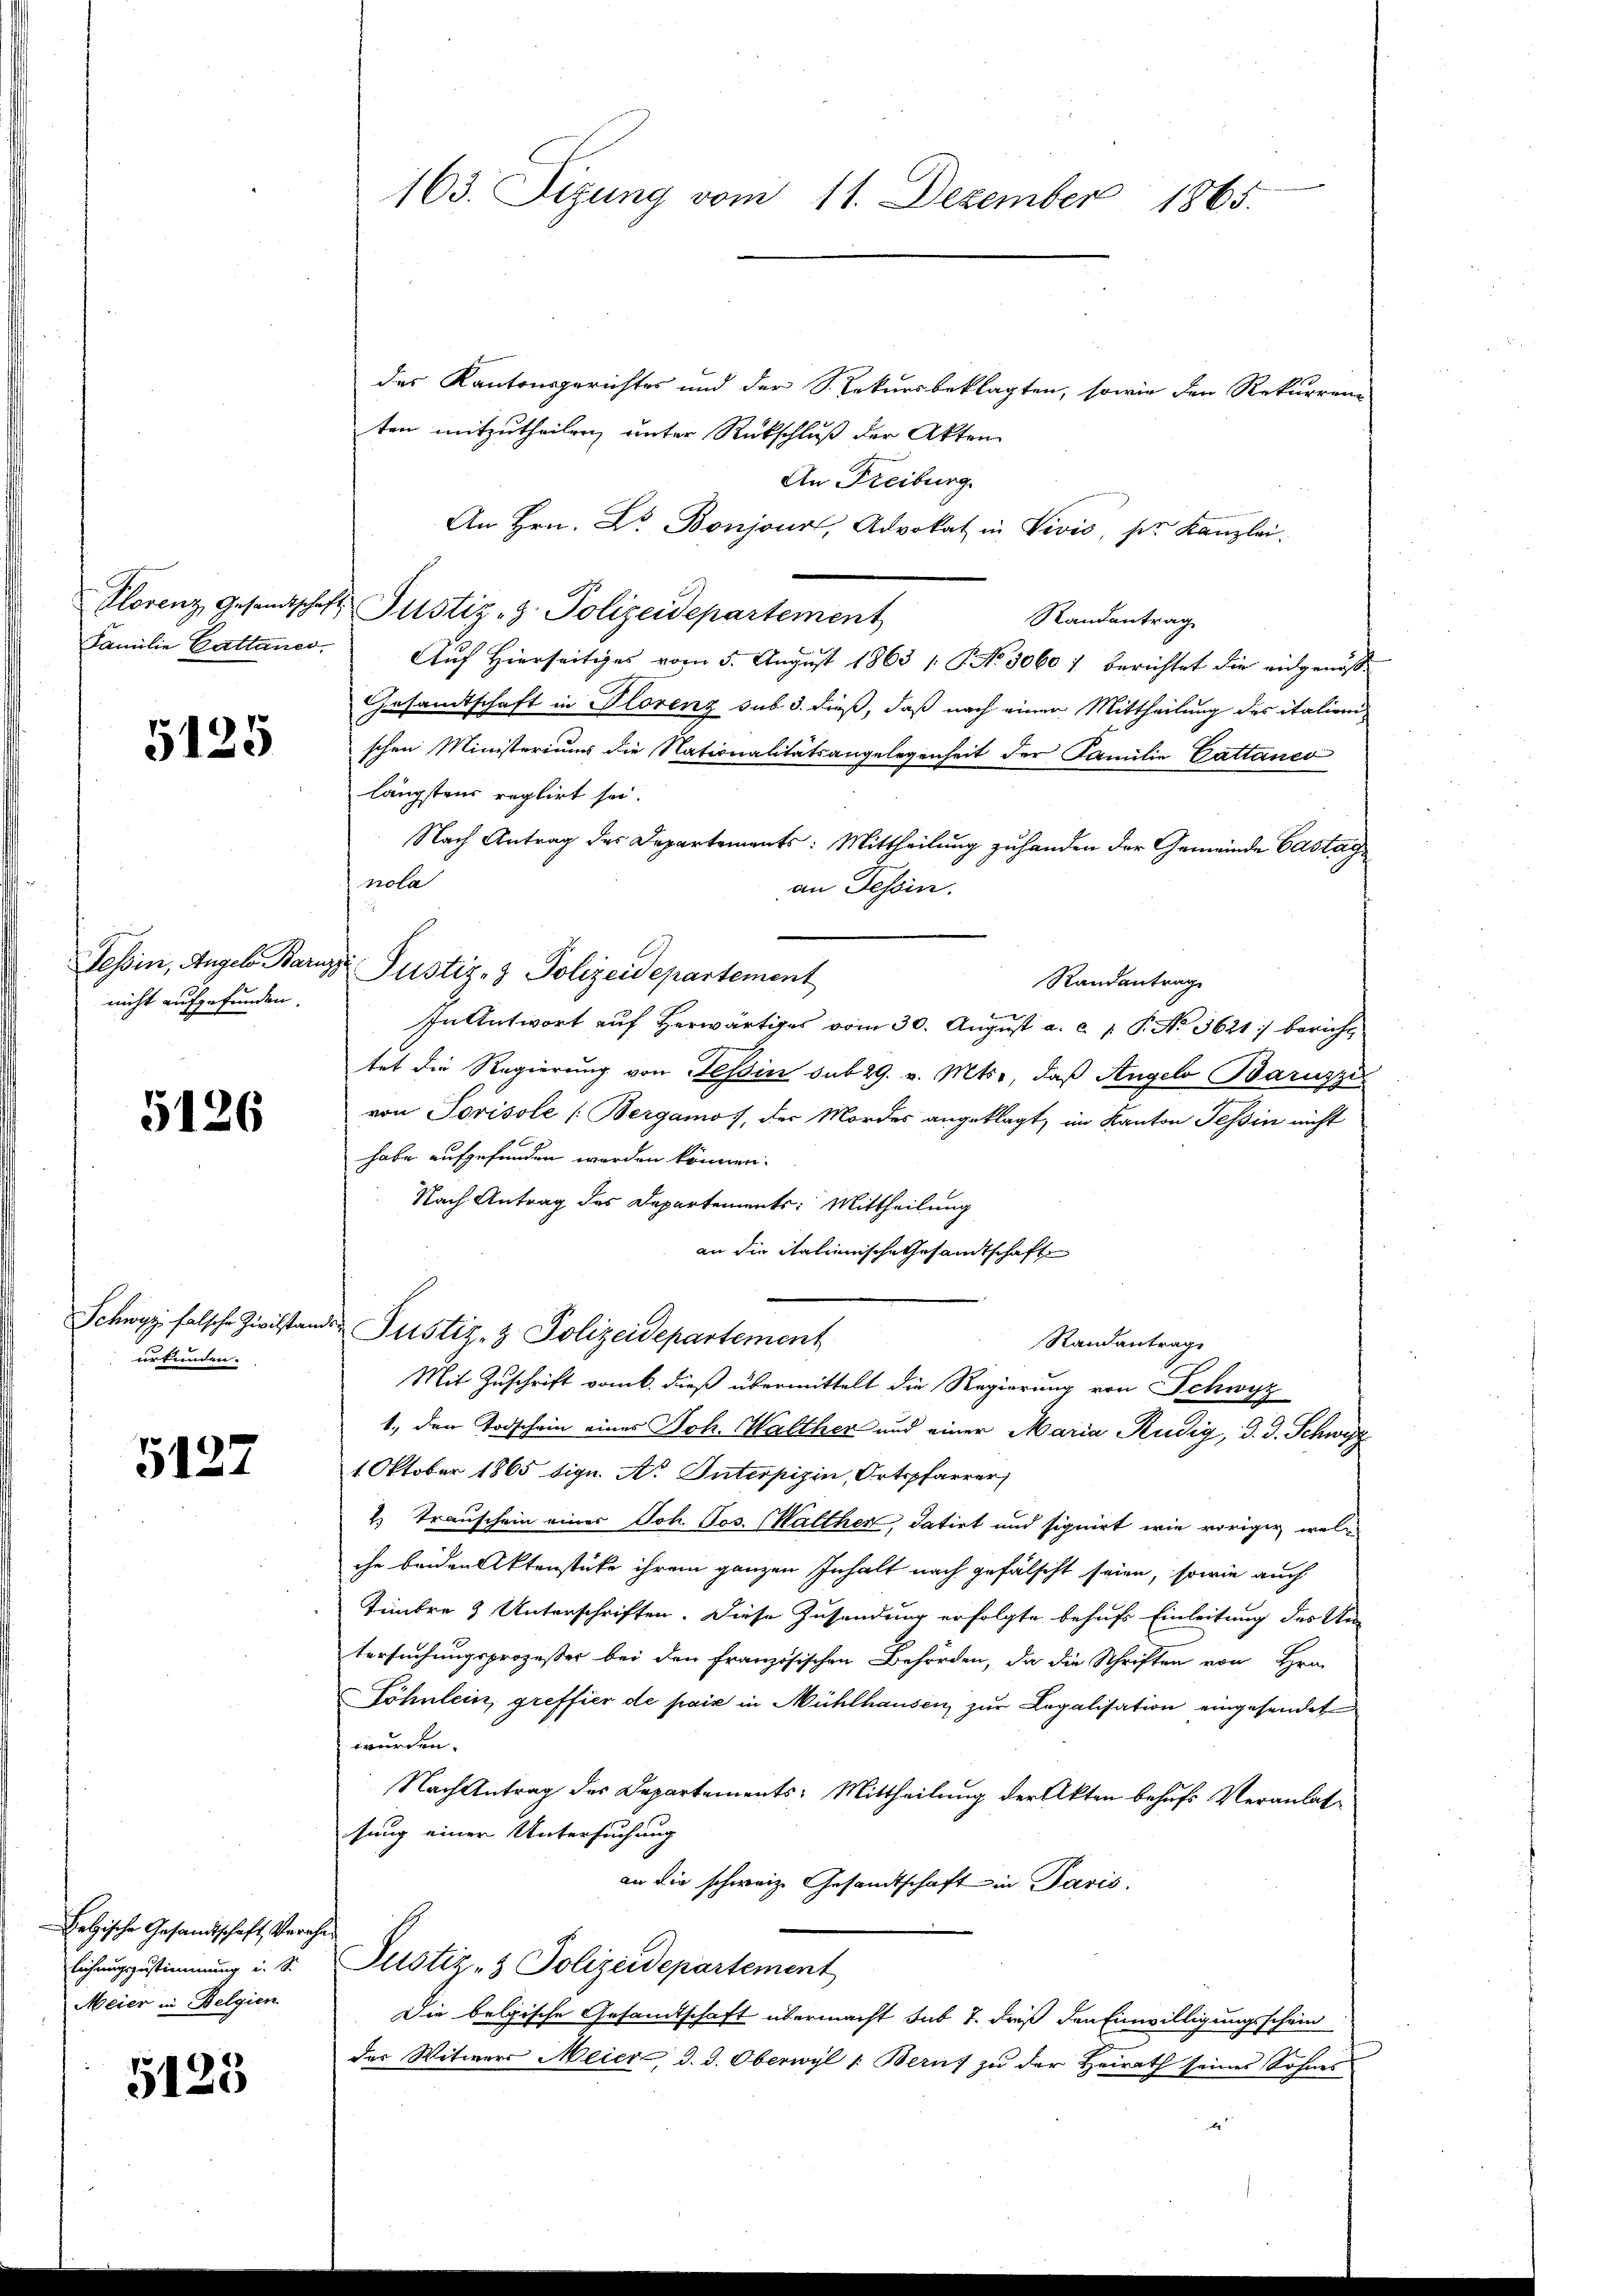
5125

nicht aufgefunden.

5126

Schwyz falsche Zivilstand
urfunden.

5127

Selzische Gesandtschaft, Verehe
lichungszustimmung i. S.
Meier in Belgien

5125

163. Sizung vom 11. Dezember 1865.

des Kantonsgerichtes und der S. Rekursbeklagten, sowie den Rekurrenz
ten mitzutheilen, unter Rückschluß der Akten
An Freiburg
An Hrn. Dr. Bonjour, Advokat in Vivis, sie Kanzlei.
Florenz Gesandtschaft Justiz- & Polizeidepartement
Randantrag
Familie Gattener. Aŭf Hierseitiges vom 5. Aŭgŭst 1863 /: P. No. 30601 berichtet die eidgenos-
Gesandtschaft in Florenz sub 3. dieß, daß nach einer Mittheilung des italien
schen Ministeriums die Nationalitätsangelegenheit der Familie Gattanco
längstens reglirt sei.
Nach Antrag des Departements: Mittheilung zuhanden der Gemeinde Castag
nola
an Tessin.
Randantrage
In Antwort auf Herwärtiges vom 30. August a. c. 1. P. No 3621:/ bericht
tet die Regierung von Tessin sub 29. v. Mts., daß Angelo Baruzzi
von Torisole [Bergamof, der Mordes angeklagt, im Kanton Tessin nicht
habe aufgefunden werden können.
Nach Antrag des Departements: Mittheilung
an die italienische Gesandtschaft
de Justiz- & Polizeidepartement
Randantrage
Mit Zuschrift vom 6. dieß übermittelt die Regierung von Schwyz
1., den Todschein eines Joh. Walther und einer Maria Rüdig, d. d. Schwyz
1 Oktober 1865 diqu. A. Interpizin, Ortspfarrer,
2. Transchein einer Joh. Jos. Walther, datirt und signirt wie vorigen welche beiden Aktenstücke ihrem ganzen Inhalt nach gefälscht seien, sowie auch
Timbre & Unterschriften. Diese Zusendung erfolgte behufs Einleitung des Un-
tersuchungsprozesser bei den Französischen Behörden, da die Schriften von Hrn.
Söhnlein, greffier de pais in Mühlhausen, zur Legalisation eingesendet
wurden.
Nach Antrag des Departements-Mittheilung der Akten behufs Veranlaßsung einer Untersuchung
an die schweiz. Gesandtschaft in Paris.
Justiz- & Polizeidepartement
Die belgische Gesandtschaft übermacht sub 7. dreiß den Einwilligungsschein
der Witwer Meier d. d. Oberwyl 1: Berns zu der Heirath seines Sohnes
e

Tessin, Angels Barns Justiz- & Polizeidepartement